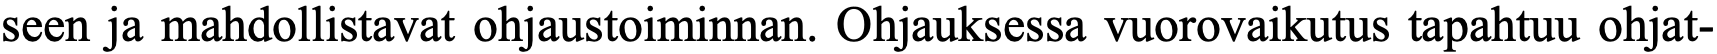
seen ja mahdollistavat ohjaustoiminnan. Ohjauksessa vuorovaikutus tapahtuu ohjat-